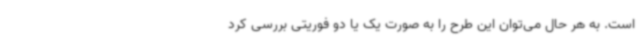
است. به هر حال می‌توان این طرح را به صورت یک یا دو فوریتی بررسی کرد